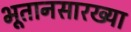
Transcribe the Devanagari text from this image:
भूतानसारख्या